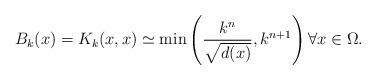
LaTeX: \begin{align*}B_k(x)=K_k(x,x) \simeq \min\left( \frac{k^n}{\sqrt{d(x)}}, k^{n+1}\right)\forall x\in\Omega.\end{align*}